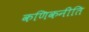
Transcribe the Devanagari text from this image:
कणिकनीति